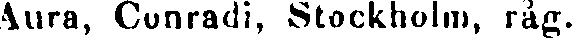
Aura, Conradi, Stockholm, råg.